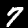
Digit: 7